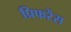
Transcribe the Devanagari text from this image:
प्रिफरेंस